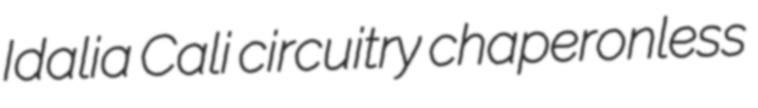
Idalia Cali circuitry chaperonless